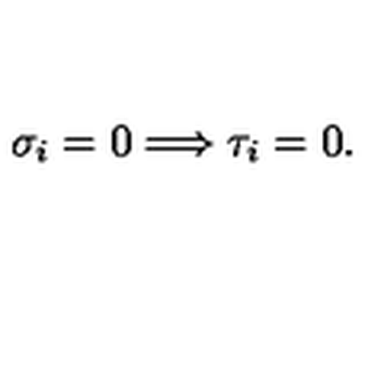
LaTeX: \sigma _ { i } = 0 \Longrightarrow \tau _ { i } = 0 .